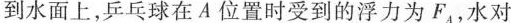
到水面上，乒乓球在A位置时受到的浮力为F_{A}，水对